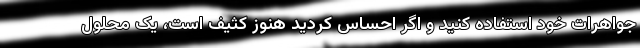
جواهرات خود استفاده کنید و اگر احساس کردید هنوز کثیف است، یک محلول